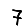
Digit: 7